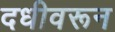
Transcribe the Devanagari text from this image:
दधीवरून